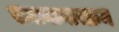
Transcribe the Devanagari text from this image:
समानान्तरक्रम